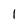
Character: 1